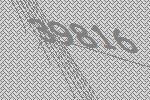
39816